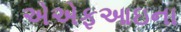
એએફઆઇના